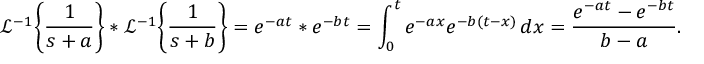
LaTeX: { \mathcal { L } } ^ { - 1 } \! \left\{ { \frac { 1 } { s + a } } \right\} * { \mathcal { L } } ^ { - 1 } \! \left\{ { \frac { 1 } { s + b } } \right\} = e ^ { - a t } * e ^ { - b t } = \int _ { 0 } ^ { t } e ^ { - a x } e ^ { - b ( t - x ) } \, d x = { \frac { e ^ { - a t } - e ^ { - b t } } { b - a } } .